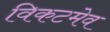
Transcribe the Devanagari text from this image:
विकटमेव